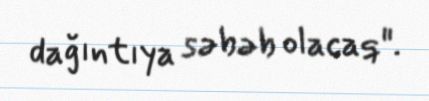
dağıntıya səbəb olacaq".